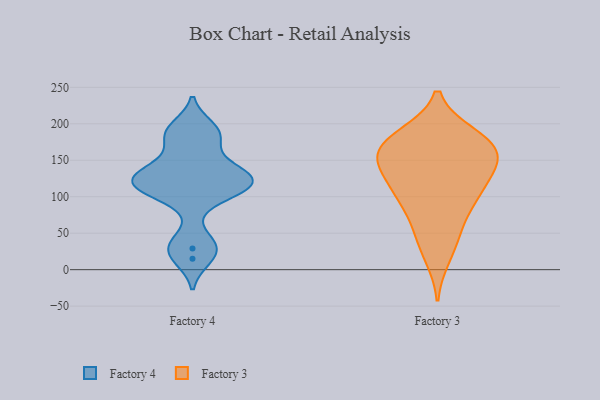
{"axis": {"x": "Bounce Rate (%)", "y": "Value"}, "legend": ["Factory 3", "Factory 4"], "data": [{"x": "", "y": 38, "type": "Factory 4"}, {"x": "", "y": 185, "type": "Factory 4"}, {"x": "", "y": 137, "type": "Factory 4"}, {"x": "", "y": 116, "type": "Factory 4"}, {"x": "", "y": 99, "type": "Factory 4"}, {"x": "", "y": 180, "type": "Factory 4"}, {"x": "", "y": 114, "type": "Factory 4"}, {"x": "", "y": 15, "type": "Factory 4"}, {"x": "", "y": 116, "type": "Factory 4"}, {"x": "", "y": 195, "type": "Factory 4"}, {"x": "", "y": 29, "type": "Factory 4"}, {"x": "", "y": 144, "type": "Factory 4"}, {"x": "", "y": 126, "type": "Factory 4"}, {"x": "", "y": 122, "type": "Factory 4"}, {"x": "", "y": 48, "type": "Factory 3"}, {"x": "", "y": 186, "type": "Factory 3"}, {"x": "", "y": 16, "type": "Factory 3"}, {"x": "", "y": 167, "type": "Factory 3"}, {"x": "", "y": 183, "type": "Factory 3"}, {"x": "", "y": 92, "type": "Factory 3"}, {"x": "", "y": 97, "type": "Factory 3"}, {"x": "", "y": 146, "type": "Factory 3"}, {"x": "", "y": 154, "type": "Factory 3"}, {"x": "", "y": 110, "type": "Factory 3"}, {"x": "", "y": 158, "type": "Factory 3"}, {"x": "", "y": 130, "type": "Factory 3"}, {"x": "", "y": 54, "type": "Factory 3"}, {"x": "", "y": 141, "type": "Factory 3"}, {"x": "", "y": 103, "type": "Factory 3"}, {"x": "", "y": 185, "type": "Factory 3"}, {"x": "", "y": 159, "type": "Factory 3"}]}